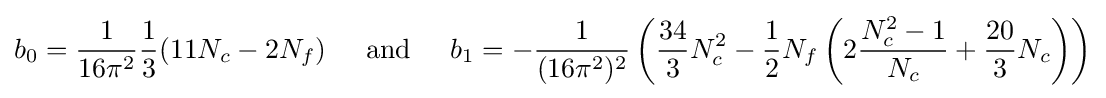
b_{0}={\frac {1}{16\pi ^{2}}}{\frac {1}{3}}(11N_{c}-2N_{f})\;\;\;\;{\text{      and       }}\;\;\;\;b_{1}=-{\frac {1}{(16\pi ^{2})^{2}}}\left({\frac {34}{3}}N_{c}^{2}-{\frac {1}{2}}N_{f}\left(2{\frac {N_{c}^{2}-1}{N_{c}}}+{\frac {20}{3}}N_{c}\right)\right)